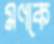
মণকে